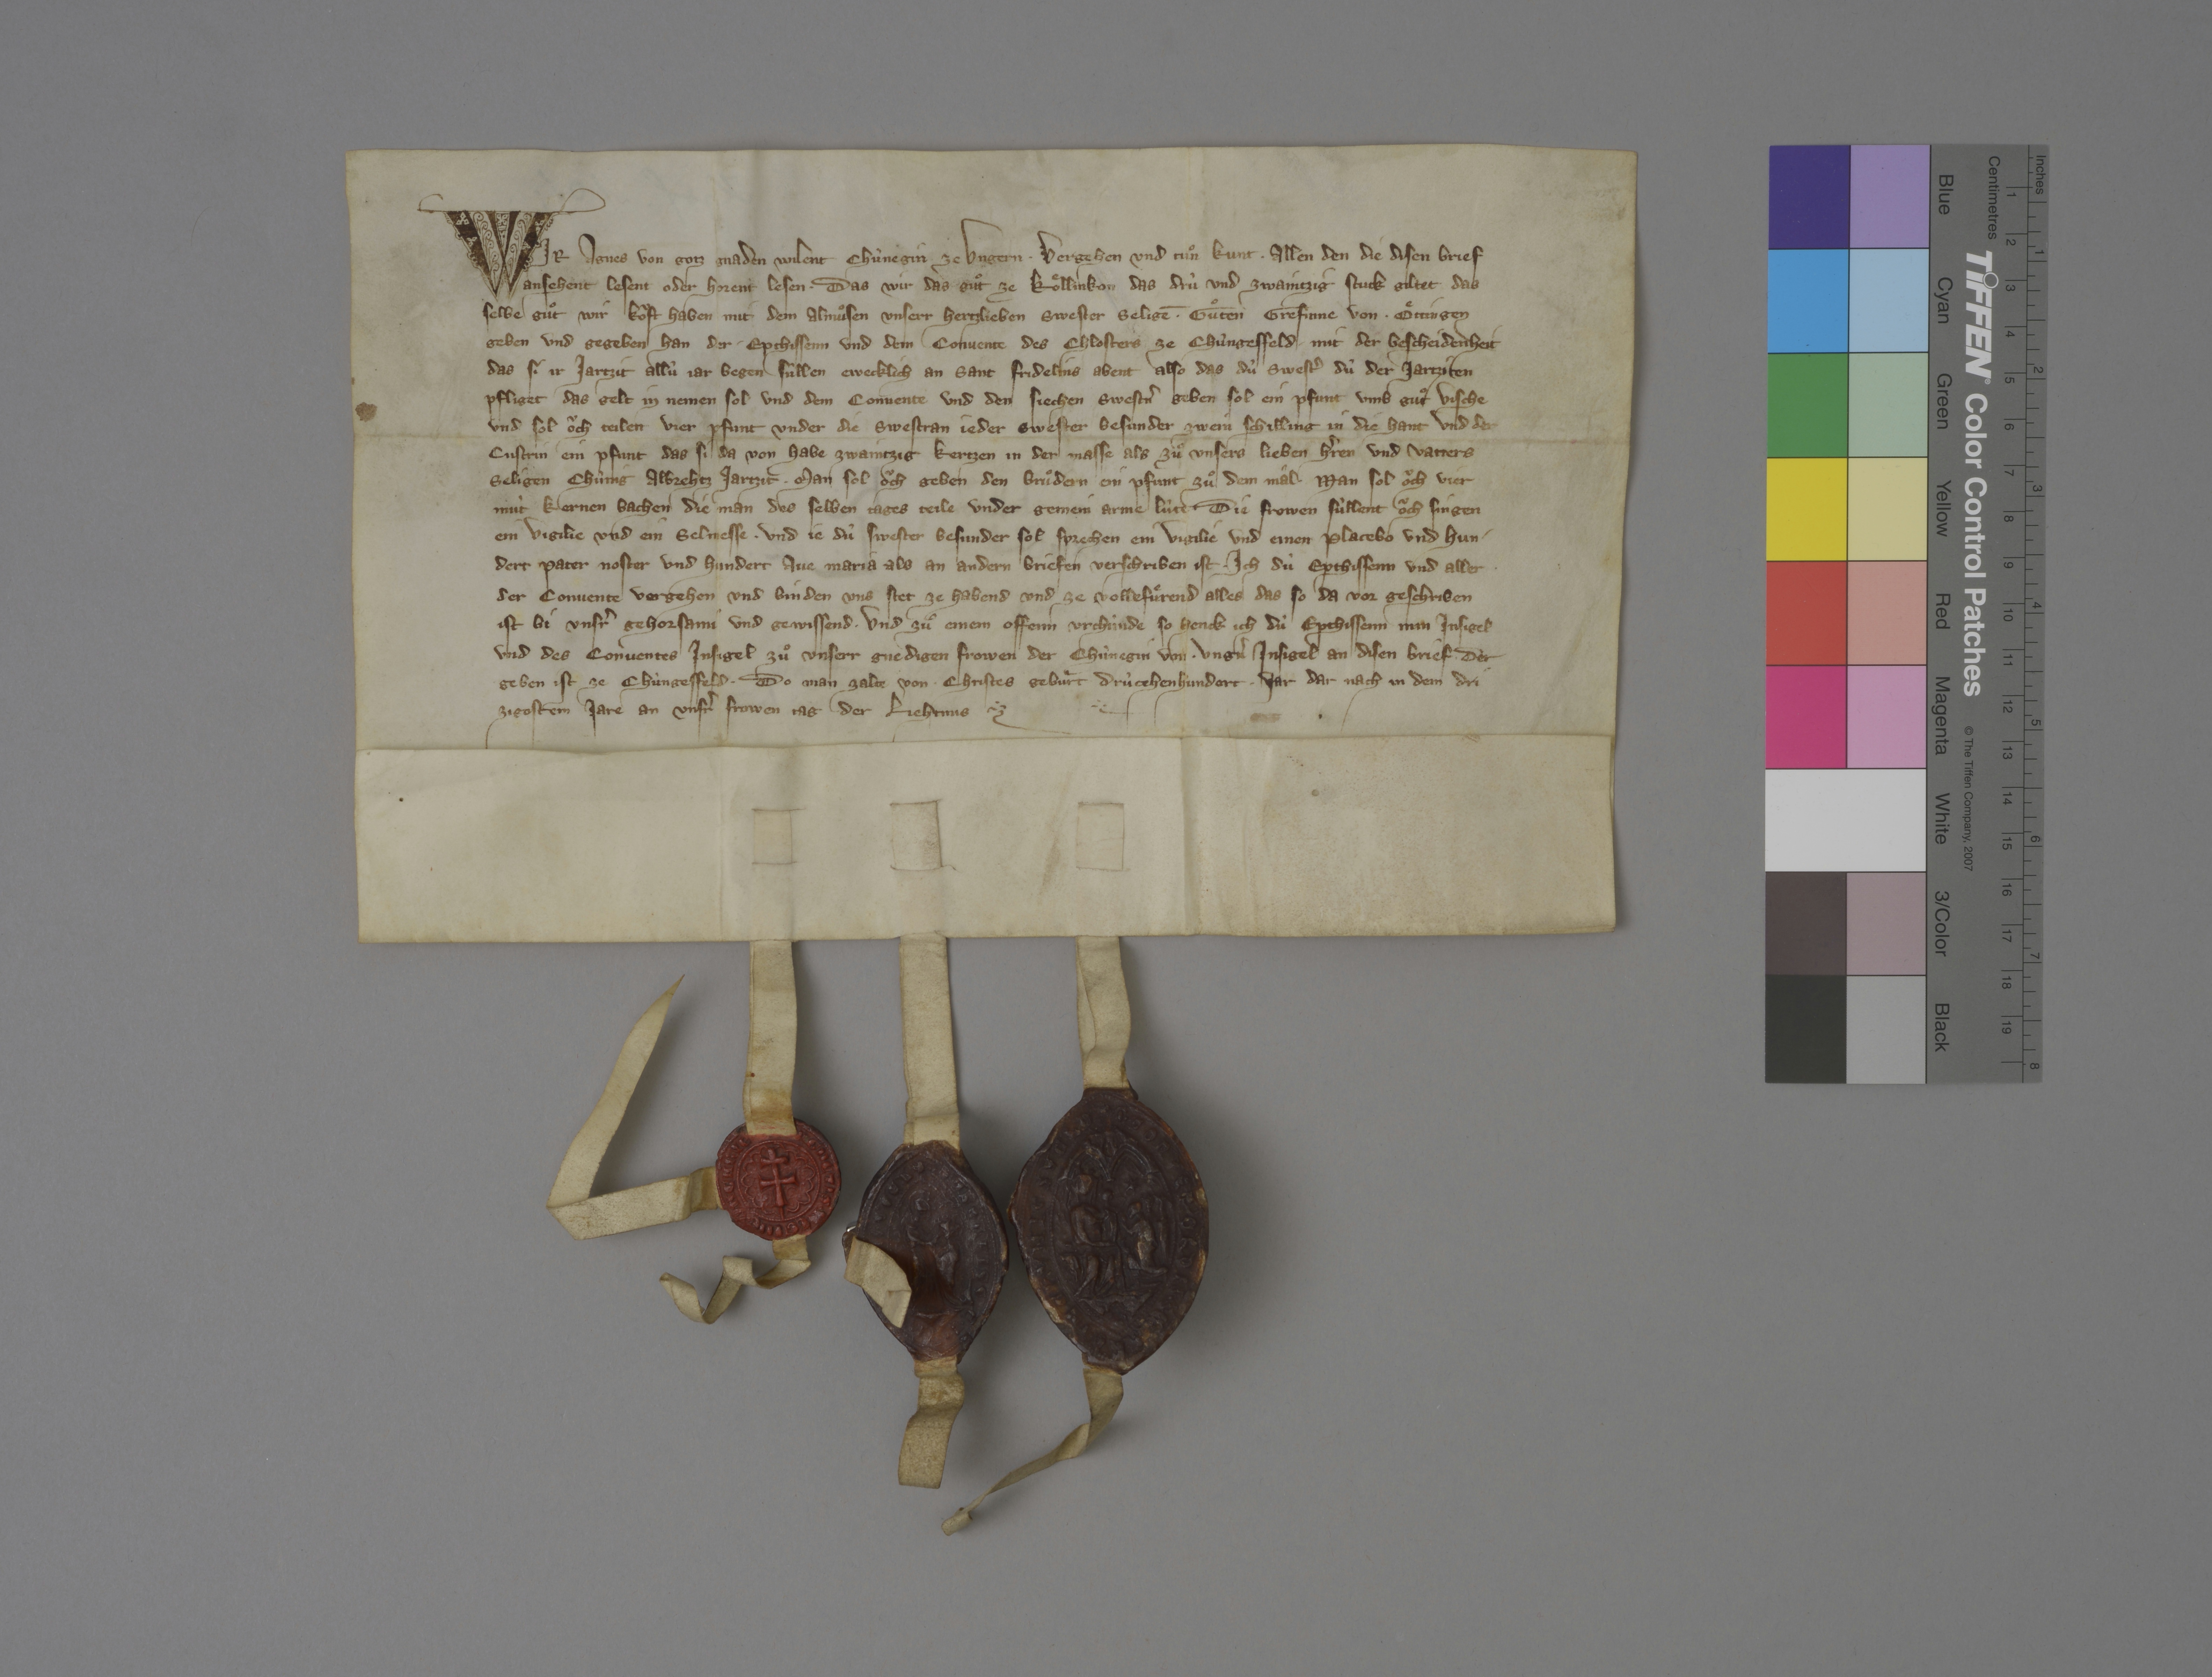
Wir, Agnes, von gotz gnaden wilent chùnegin ze Ungern, ✳ vergehen und tuͦn kunt ✳ allen den, die disen brief
ansehent, lesent oder horent lesen, ✳ das wir das guͦt ze Koͤllinkon, das drù und zwaintzig stuck giltet, das
selbe guͦt wir koͧft haben mit dem almuͦsen unserr hertzlieben swester seligē ✳ Guͦten, grefinne von ✳ Oͤttingen,
geben und gegeben han ✳ der epthissenn und dem convente des chlosters ze Chûngesfeld ✳ mit der bescheidenheit,
das si ir jartzit allû jar begen sûllen ewecklich an sant Fridelins abent. also das dù swestˀ, dû der jarziten
pfliget das gelt in nemen sol und dem convente und den siechen swestˀn geben sol ein pfunt umb guͦt vische
und sol oͧch teilen vier pfunt under die swestran, jeder swester besunder zwein schilling in die hant und der
custrin ein pfunt, das si da von habe zwaintzig kertzen in der masse als zuͦ unsers lieben hˀren und vatters
seligen, chûnig Albrehtz, jartzit. ✳ man sol oͧch geben den bruͦdern ein pfunt zuͦ dem mâl. ✳ man sol oͧch vier
mùt kernen bachen, die man des selben tages teile under gemein arme lûte. ✳ die frowen sùllent oͧch singen
ein vigilie und ein selmesse. ✳ und je dû swester besunder sol sprechen ein vigilie und einen placebo und hun¬
dert pater noster und hundert ave Maria, als an andern briefen verschriben ist. ✳ ich, dù epthissenn, und aller
der convent vergehen und binden uns stet ze habend und ze vollefuͤrend alles das, so da vor geschriben
ist, bi unsrˀ gehorsami und gewissend. ✳ und zuͦ einem offenen urchùnde, so henck ich, dù epthissenn, min insigel
und des conventes insigel zuͦ unserr gnedigen frowen der chûnegin von ✳ Ungˀn insigel an diesen brief, der
geben ist ze Chùngesfeld, do man zalte von ✳ Christes gebuͤrt drùcehenhundert ✳ jar, dar nach in dem dri¬
zigostem jare, an unsrˀ frowen tag der liehtmis. ✳